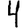
Digit: 4